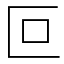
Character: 叵